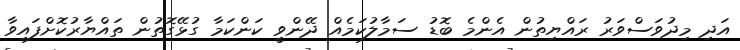
އަދި މިދުވަސްވަރު ރައްޔިތުން އެންމެ ބޮޑު ސަމާލުކަމެއް ދޭންވީ ކަންކަމާ ގުޅޭގޮތުން ތައްޔާރުކޮށްފައިވާ